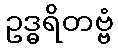
ဥဒ္ဓရိတဗ္ဗံ